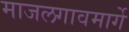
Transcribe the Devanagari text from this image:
माजलगावमार्गे